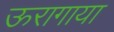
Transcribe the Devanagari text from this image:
ऊरागाया